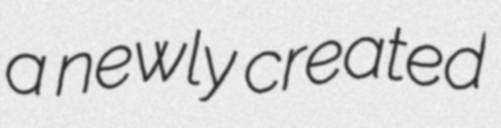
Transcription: a newly created